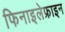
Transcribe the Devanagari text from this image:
फिनाइलेफ्राइन